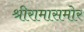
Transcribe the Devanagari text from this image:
श्रीरामासमोर